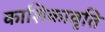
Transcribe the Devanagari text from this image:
काशिकावृति